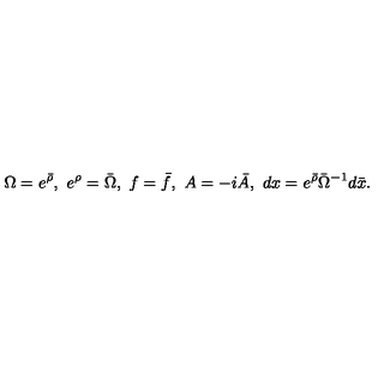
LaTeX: \Omega = e ^ { \bar { \rho } } , \ e ^ { \rho } = \bar { \Omega } , \ f = \bar { f } , \ A = - i \bar { A } , \ d x = e ^ { \bar { \rho } } \bar { \Omega } ^ { - 1 } d \bar { x } .